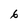
Character: 6